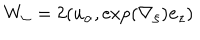
W _ { \alpha } = 2 ( u _ { \alpha } , \exp ( \nabla _ { \xi } ) { \bf e } _ { z } )